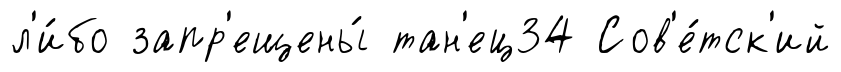
л'и́бо запр'ещены́ тан'ец34 Сов'е́тск'ий